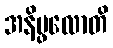
အနိပ္ဖလောတိ